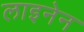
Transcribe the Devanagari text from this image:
लाइनेन